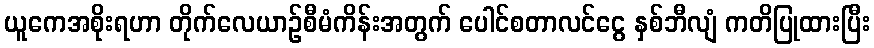
ယူကေအစိုးရဟာ တိုက်လေယာဉ်စီမံကိန်းအတွက် ပေါင်စတာလင်ငွေ နှစ်ဘီလျံ ကတိပြုထားပြီး